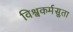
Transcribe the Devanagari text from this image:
विश्वकर्मसुता